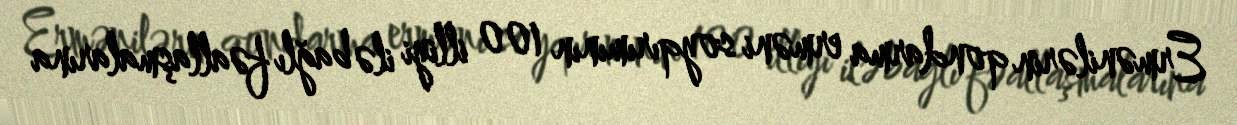
Ermənilərin qondarma erməni soyqırımının 100 illiyi ilə bağlı fəallaşmalarına